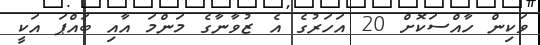
ވަކިން ހާއްސަކޮށް 20 އަހަރުގެ އެ ޒުވާނާގެ މަންމަ އާއި ބައްޕަ އަކީ